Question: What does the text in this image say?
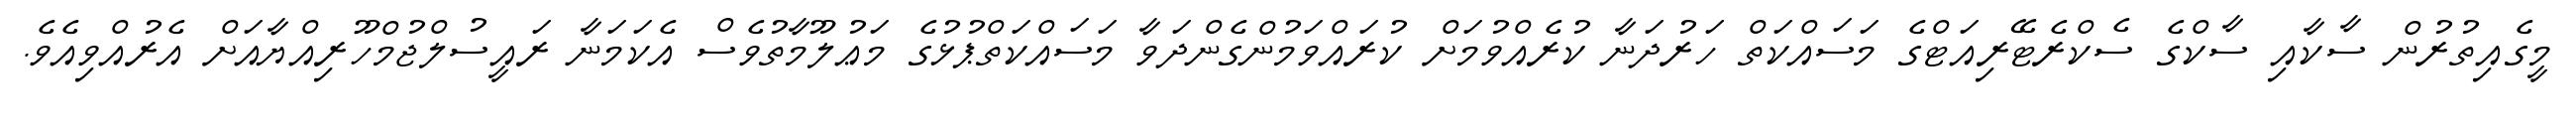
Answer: މީގެއިތުރުން ސާކާއި ސާކްގެ ސެކްރެޓޭރިއަޓްގެ މަސައްކަތް ހަރުދަނާ ކުރެއްވުމަށް ކުރައްވަމުންގެންދަވާ މަސައްކަތްޕުޅުގެ މަޢުލޫމާތުވެސް އެކަމަނާ ރައީސުލްޖުމްހޫރިއްޔާއަށް އެރުއްވިއެވެ.